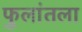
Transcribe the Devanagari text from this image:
फुलांतला